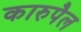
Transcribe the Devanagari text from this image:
कारुपैल